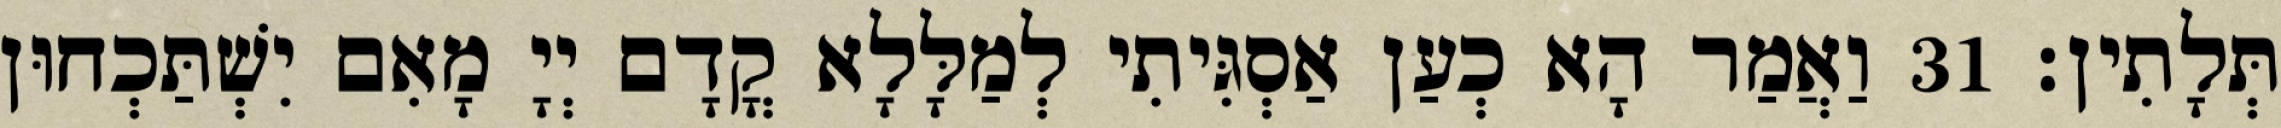
תְּלָתִין׃ 31 וַאֲמַר הָא כְעַן אַסְגִּיתִי לְמַלָּלָא קֳדָם יְיָ מָאִם יִשְׁתַּכְחוּן